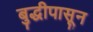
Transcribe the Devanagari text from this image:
बुद्धीपासून